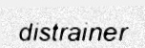
distrainer